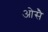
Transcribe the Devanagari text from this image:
ओसै